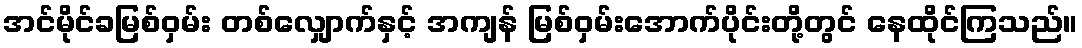
အင်မိုင်ခမြစ်ဝှမ်း တစ်လျှောက်နှင့် အကျန် မြစ်ဝှမ်းအောက်ပိုင်းတို့တွင် နေထိုင်ကြသည်။